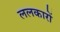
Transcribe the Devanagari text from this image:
ललकारों